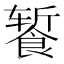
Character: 𬲕